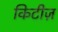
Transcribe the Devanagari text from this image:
किटीज़